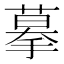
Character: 摹